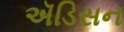
ઍડિસન